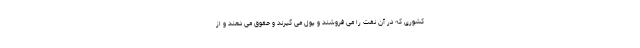
کشوری که در آن نفت را می فروشند و پول می گیرند و حقوق می دهند و از